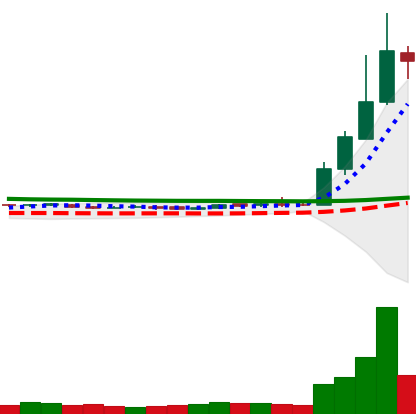
Ticker: DOGE-USD
Chart end date: 2019-04-05
Forward return: -15.85%
Label: down_7plus